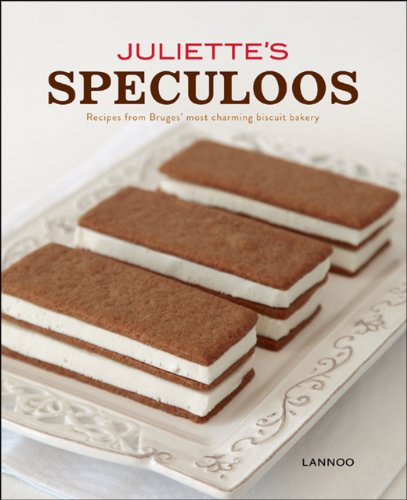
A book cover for Juliette's Speculoos: Recipes from Bruges' most charming biscuit bakery; Brenda Keirsebilck; Cookbooks, Food & Wine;